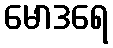
မောဒရေ